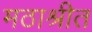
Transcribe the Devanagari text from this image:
मठाश्रीत